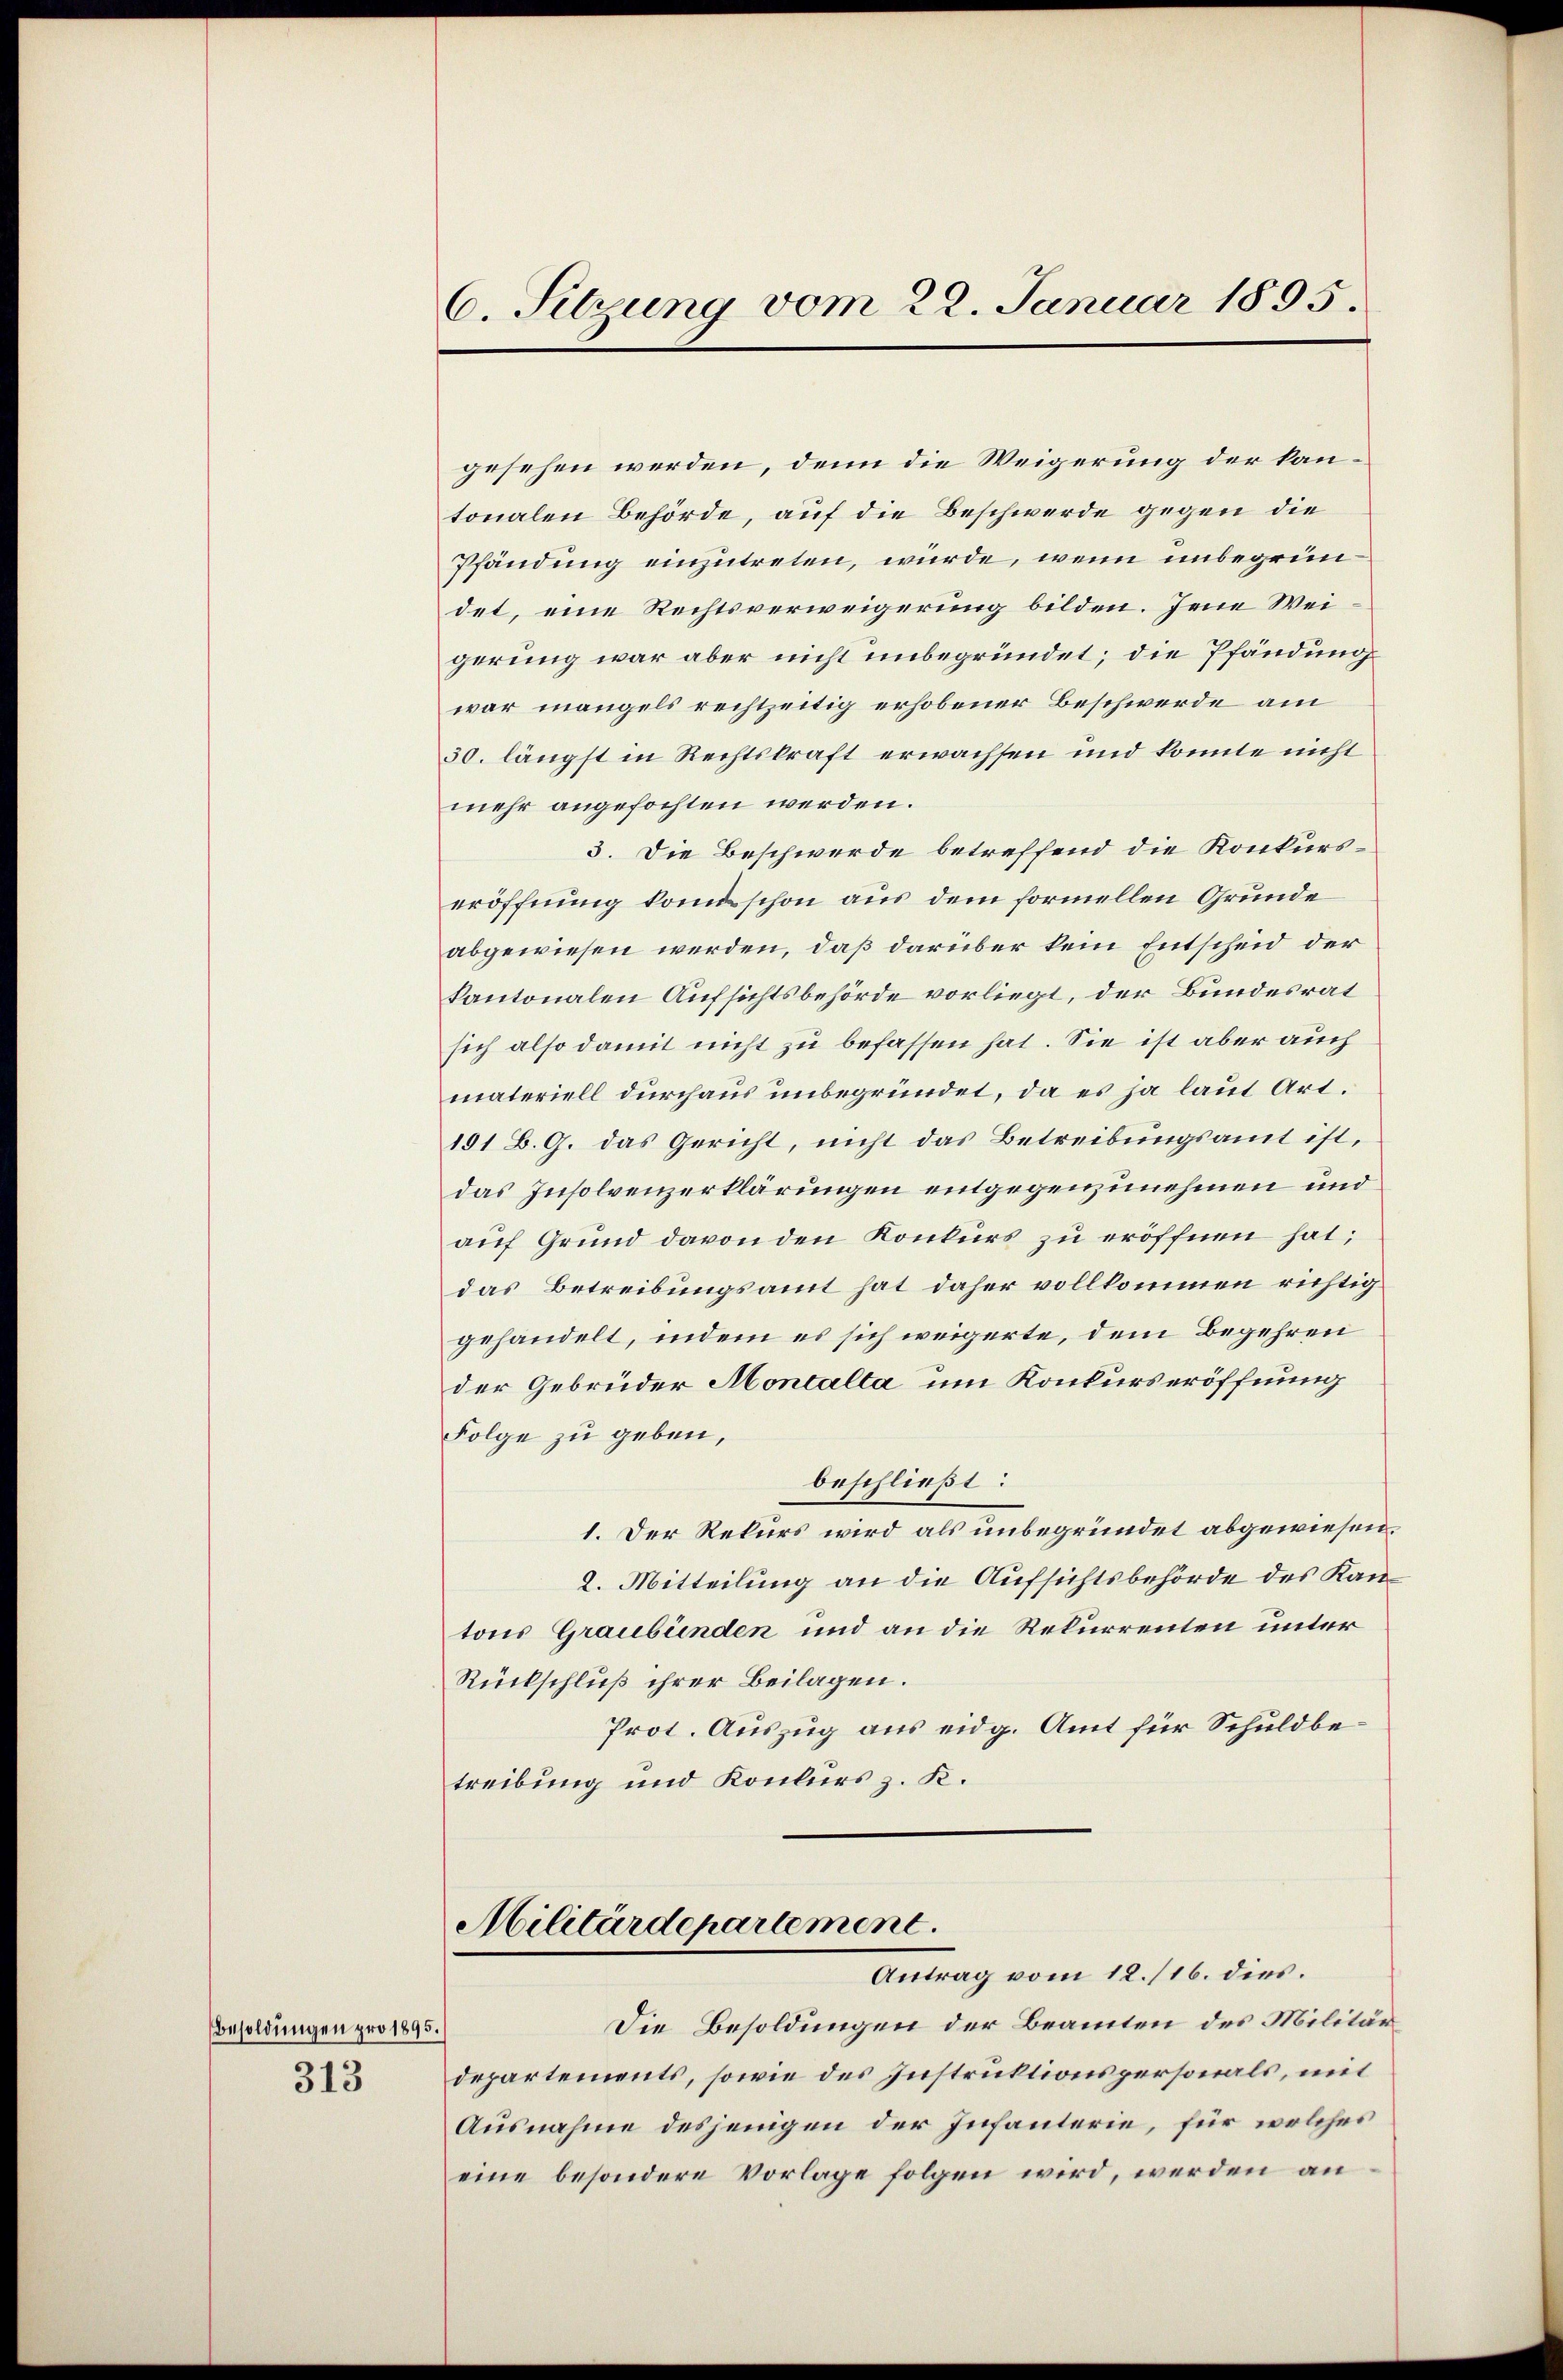
Besoldungen pro 1895.
313

6. Sitzung vom 22. Januar 1895.

gesehen werden, denn die Weigerung der kantonalen Behörde, auf die Beschwerde gegen die
Pfändung einzutreten, würde, wenn unbegründet, eine Rechtsverweigerung bilden. Jene Weigerung war aber nicht unbegründet; die Pfändung
war mangels rechtzeitig erhobener Beschwerde am
50. längst in Rechtskraft erwachsen und konnte nicht
mehr angefochten werden.
3. Die Beschwerde betreffend die Konkurseröffnung komt schon aus dem formellen Grunde
abgewiesen werden, daß darüber kein Entscheid der
kantonalen Aufsichtsbehörde vorliegt, der Bundesrat
sich also damit nicht zu befassen hat. Sie ist aber auch
materiell durchaus unbegründet, da es ja laut Art.
191 B. G. das Gericht, nicht das Betreibungsamt ist,
das Insolvenzerklärungen entgegenzunehmen und
auf Grund davon den Konkurs zu eröffnen hat;
das Betreibungsamt hat daher vollkommen richtig
gehandelt, indem es sich weigerte, dem Begehren
der Gebrüder Montalta, um Konkurseröffnung
Folge zu geben,
beschließt:
1. Der Rekurs wird als unbegründet abgewiesen.
2. Mitteilung an die Aufsichtsbehörde des Kantons Graubünden und an die Rekurrenten unter
Rückschluß ihrer Beilagen.
Prot. Auszug aus eidg. Amt für Schuldbetreibung und Konkurs z. K.
Militärdepartement.
Antrag vom 12. /16. dies.
Die Besoldungen der Beamten des Militär
departements, sowie des Instruktionspersonals, mit
Ausnahme desjenigen der Infanterie, für welches
eine besondere Vorlage folgen wird, werden an